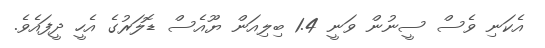
އެކަނި ވެސް ސީނުން ވަނީ 1.4 ބިލިއަން ޔޫއެސް ޑޮލަރުގެ އެހީ ދީފައެވެ.